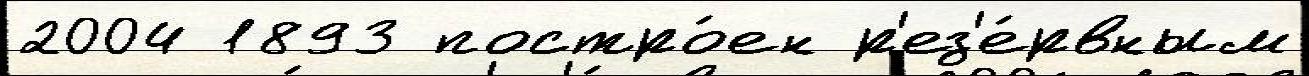
2004 1893 постро́ен р'ез'е́рвным